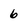
Character: 6